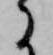
に